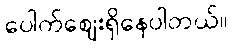
ပေါက်ဈေးရှိနေပါတယ်။